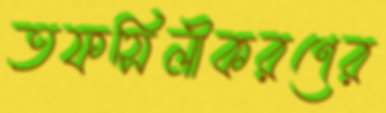
তফসিলীকরণের